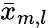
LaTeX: \bar{x}_{m,l}